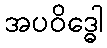
အပဝိဒ္ဓေါ